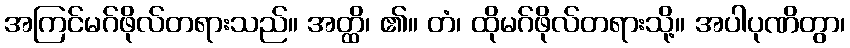
အကြင်မဂ်ဖိုလ်တရားသည်။ အတ္ထိ၊ ၏။ တံ၊ ထိုမဂ်ဖိုလ်တရားသို့။ အပါပုဏိတွာ၊